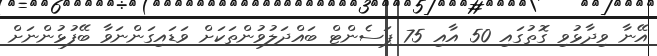
އޭނާ ވިދާޅުވި ގޮތުގައި 50 އާއި 75 ޕަސެންޓް ބައްދަލުވުންތަކަށް ވަޑައިގަންނަވާ ބޭފުޅުންނަށް